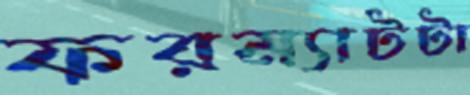
ফরম্যাটটা